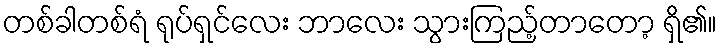
တစ်ခါတစ်ရံ ရုပ်ရှင်လေး ဘာလေး သွားကြည့်တာတော့ ရှိ၏။